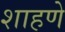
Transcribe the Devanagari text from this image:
शाहणे